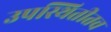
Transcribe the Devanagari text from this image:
उपस्थितीतच